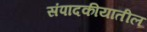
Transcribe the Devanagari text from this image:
संपादकीयातील